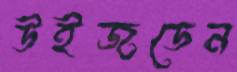
উইজডেন